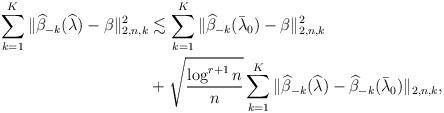
LaTeX: \begin{align*}\sum_{k=1}^{K}\Vert \widehat{\beta }_{-k}(\widehat{\lambda })-\beta \Vert_{2,n,k}^{2}& \lesssim \sum_{k=1}^{K}\Vert \widehat{\beta }_{-k}(\bar{\lambda}_{0})-\beta \Vert _{2,n,k}^{2} \\& +\sqrt{\frac{\log^{r+1} n}{n}}\sum_{k=1}^{K}\Vert \widehat{\beta }_{-k}(\widehat{\lambda })-\widehat{\beta }_{-k}(\bar{\lambda}_{0})\Vert_{2,n,k},\end{align*}